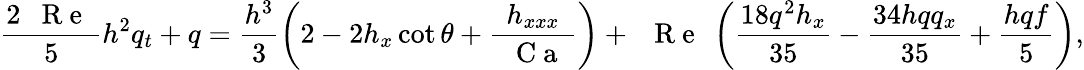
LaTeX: \frac{2\mathrm{~\textit~{~R~e~}~}}{5}h^{2}q_{t}+q=\frac{h^{3}}{3}\left(2-2h_{x}\cot\theta+\frac{h_{xxx}}{\mathrm{~\textit~{~C~a~}~}}\right)+\mathrm{~\textit~{~R~e~}~}\left(\frac{18q^{2}h_{x}}{35}-\frac{34hqq_{x}}{35}+\frac{hqf}{5}\right),